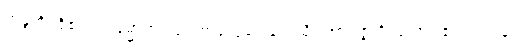
ကန္ဒတိ၊ ငို၏။ သမ္မောဟံ၊ ပြင်းစွာတွေဝေခြင်းသို့။ အာပဇ္ဇတိ၊ ရောက်၏။ ဝါ ပန၊